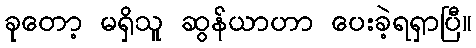
ခုတော့ မရှိသူ ဆွန်ယာဟာ ပေးခဲ့ရရှာပြီ။